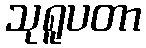
သုရူပတာ